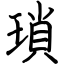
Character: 瑣